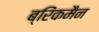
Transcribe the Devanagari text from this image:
ब्रिंकमैन